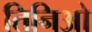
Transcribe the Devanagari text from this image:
तिनिओ